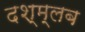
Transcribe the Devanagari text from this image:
दश्म्लब